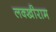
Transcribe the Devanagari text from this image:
लक्खीराम